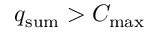
q _ { \mathrm { s u m } } > C _ { \mathrm { m a x } }